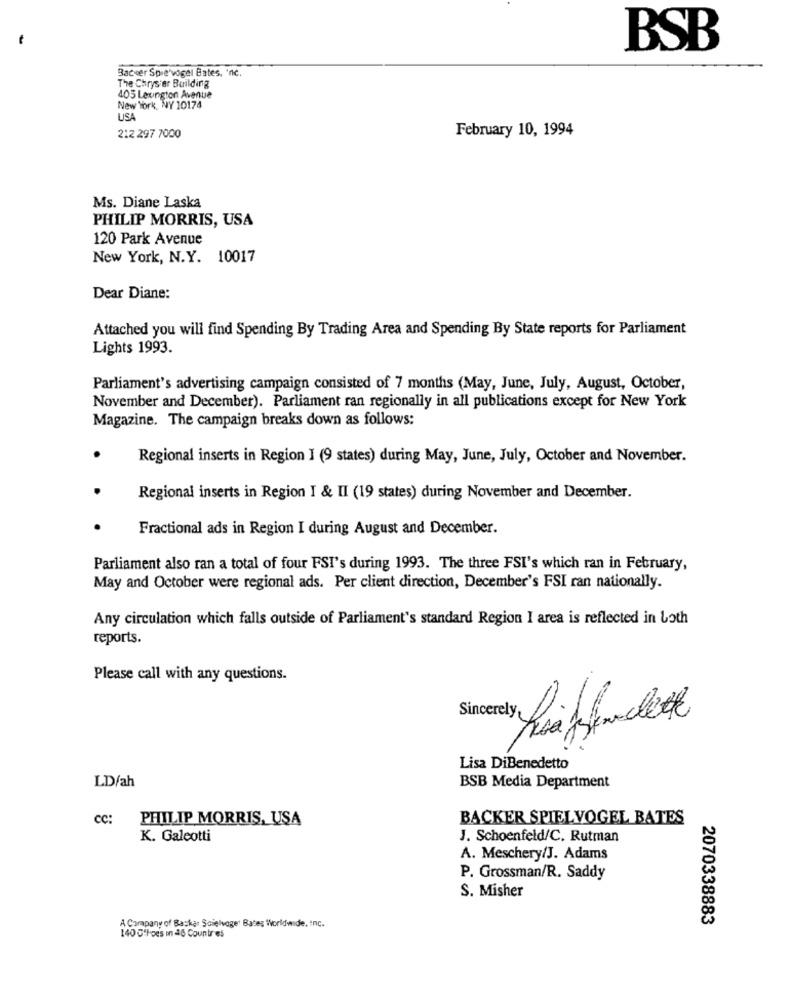
BSB
Backer Spie'vogel Bates, 'nc.
The Chrysler Building
405 Leungton Avenue
New York, NY 10174
USA
February 10, 1994
212 297 7000
Ms. Diane Laska
PHILIP MORRIS, USA
120 Park Avenue
New York, N.Y. 10017
Dear Diane:
Attached you will find Spending By Trading Area and Spending By State reports for Parliament
Lights 1993.
Parliament's advertising campaign consisted of 7 months (May, June, July, August, October,
November and December). Parliament ran regionally in all publications except for New York
Magazine. The campaign breaks down as follows:
.
Regional inserts in Region I (9 states) during May, June, July, October and November.
Regional inserts in Region I & II (19 states) during November and December.
Fractional ads in Region I during August and December.
Parliament also ran a total of four FSI's during 1993. The three FSI's which ran in February,
May and October were regional ads. Per client direction, December's FSI ran nationally.
Any circulation which falls outside of Parliament's standard Region I area is reflected in both
reports.
Please call with any questions.
Lisa DiBenedetto
BSB Media Department
LD/ah
CC:
PHILIP MORRIS, USA
BACKER SPIELVOGEL BATES
K. Galeotti
J. Schoenfeld/C. Rutman
A. Meschery/J. Adams
P. Grossman/R. Saddy
S. Misher
2070338883
A Company of Backar Scielvoge' Bates Worldwide, Inc.
140 G'Foes in 46 Countries